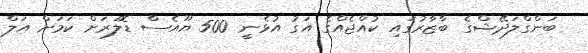
ބަންގްލަދޭޝްގެ ބާޒާރުގައި ކުއްޖެއްގެ އަގު އުޅެނީ 500 ޔޫއެސް ޑޮލަރަށް ކަމަށް އަލް